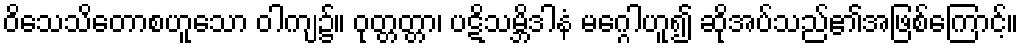
ဝိသေသိတောစဟူသော ဝါကျ၌။ ဝုတ္တတ္တာ၊ ပဋိသမ္ဘိဒါနံ မဂ္ဂေါဟူ၍ ဆိုအပ်သည်၏အဖြစ်ကြောင့်။